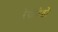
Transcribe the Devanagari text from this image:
रेपोसेडो